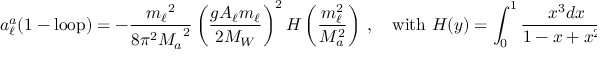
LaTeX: a _ { \ell } ^ { a } \mathrm { ( 1 - l o o p ) } = - { \frac { { m _ { \ell } } ^ { 2 } } { 8 { \pi } ^ { 2 } { M _ { a } } ^ { 2 } } } \left( \frac { g A _ { \ell } m _ { \ell } } { 2 M _ { W } } \right) ^ { 2 } H \left( { \frac { m _ { \ell } ^ { 2 } } { M _ { a } ^ { 2 } } } \right) \ , \quad \mathrm { w i t h ~ } H ( y ) = \int _ { 0 } ^ { 1 } { \frac { x ^ { 3 } d x } { 1 - x + x ^ { 2 } y } } \ .